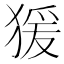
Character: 猨